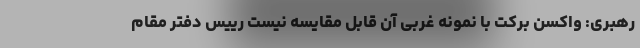
رهبری: واکسن برکت با نمونه غربی آن قابل مقایسه نیست رییس دفتر مقام